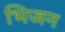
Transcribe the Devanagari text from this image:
भिजन